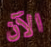
الآن